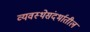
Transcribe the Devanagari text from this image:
व्यवस्थेसंदर्भातील